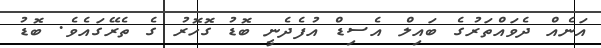
އަނެއް ދެވައްތަރުގެ ބައިލް އެސިޑް އުފެދެނީ ބޮޑު ގޮހޮރު ގެ ތެރޭގައެވެ. ބޮޑު